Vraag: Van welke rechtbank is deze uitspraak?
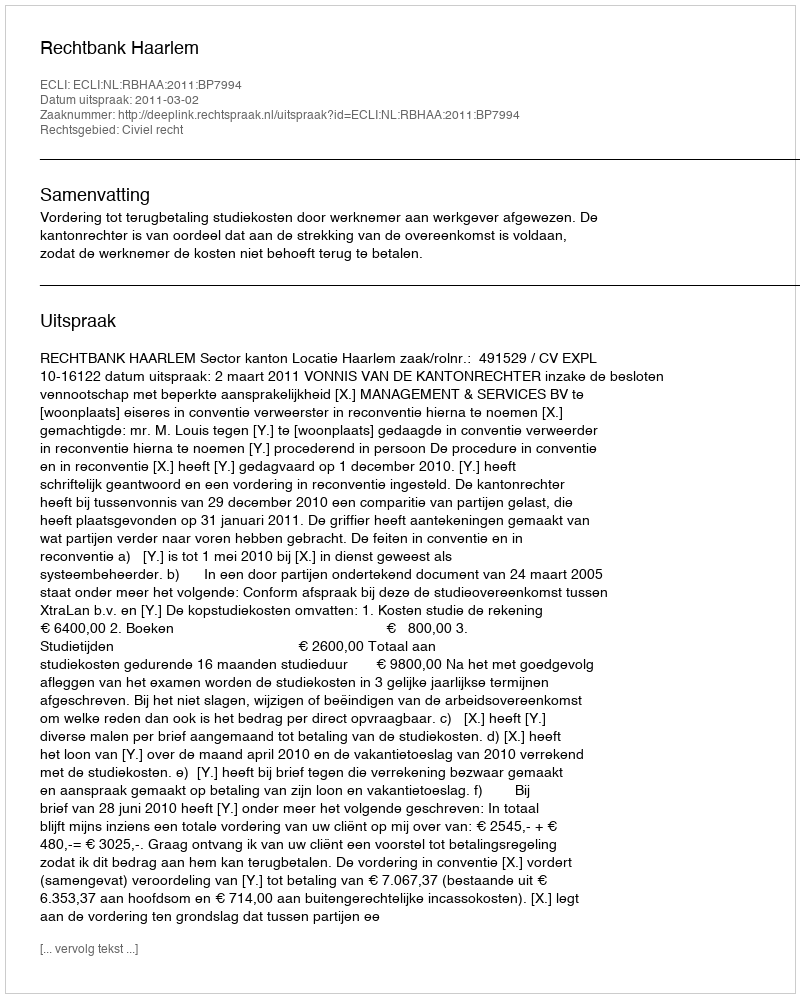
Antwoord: Rechtbank Haarlem